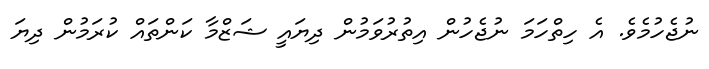
ނުޖެހުމެވެ. އެ ހިތްހަމަ ނުޖެހުން އިތުރުވަމުން ދިޔައީ ޝަޒްމާ ކަންތައް ކުރަމުން ދިޔަ